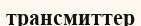
трансмиттер